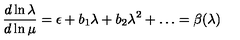
\frac { d \ln \lambda } { d \ln \mu } = \epsilon + b _ { 1 } \lambda + b _ { 2 } \lambda ^ { 2 } + \dots = \beta ( \lambda )